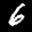
Label: 6